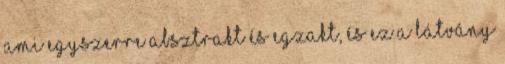
ami egyszerre absztrakt és egzakt, és ez a látvány